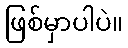
ဖြစ်မှာပါပဲ။